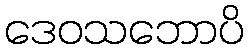
ဒေဝသဘောပိ